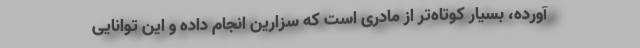
آورده، بسیار کوتاه‌تر از مادری است که سزارین انجام داده و این توانایی